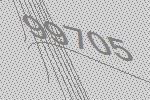
99705